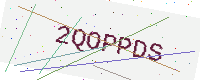
Text: 2QOPPDS